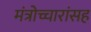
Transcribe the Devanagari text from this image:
मंत्रोच्चारांसह